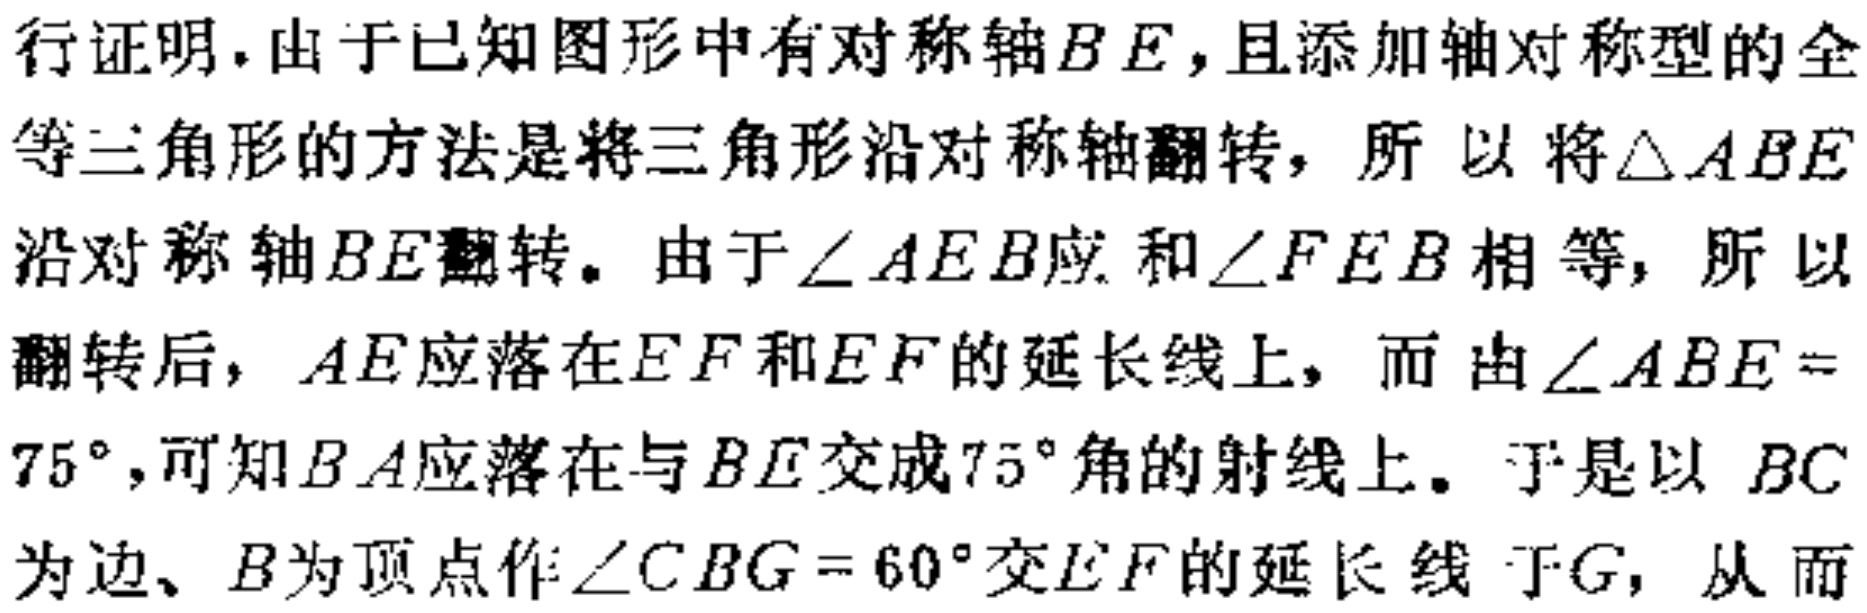
行证明. 由于已知图形中有对称轴\(BE\)，且添加轴对称型的全等三角形的方法是将三角形沿对称轴翻转，所以将\(\triangle ABE\)沿对称轴\(BE\)翻转。由于\(\angle AEB\)应和\(\angle FEB\)相等，所以翻转后，\(AE\)应落在\(EF\)和\(EF\)的延长线上，而由\(\angle ABE = 75^{\circ}\)，可知\(BA\)应落在与\(BE\)交成\(75^{\circ}\)角的射线上。于是以\(BC\)为边、\(B\)为顶点作\(\angle CBG = 60^{\circ}\)交\(EF\)的延长线于\(G\)，从而